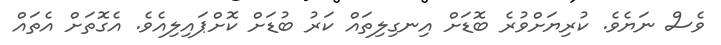
ވެސް ނަޔެވެ. ކުރިޔަށްވުރެ ބޮޑަށް އިނގިލިތައް ކަރު ބުޑަށް ކޮށްޕައިލިއެވެ. އެގޮތަށް އެތައް